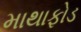
માથાફોડ